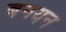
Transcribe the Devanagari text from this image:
बनयन